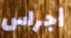
أجراس